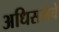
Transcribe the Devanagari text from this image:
अधिसभेचे